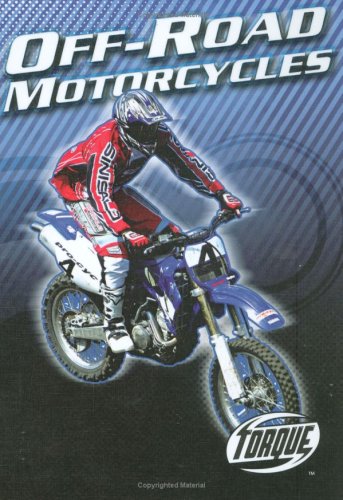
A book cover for Off-Road Motorcycles (Torque Books: Motorcycles); Thomas Streissguth; Children's Books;